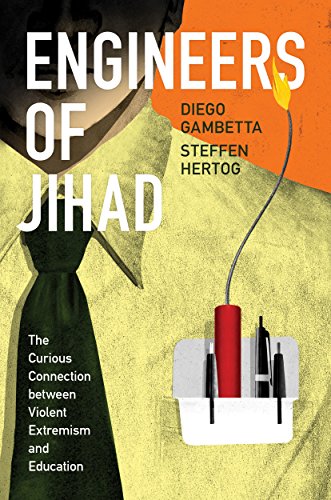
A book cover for Engineers of Jihad: The Curious Connection between Violent Extremism and Education; Diego Gambetta; Politics & Social Sciences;